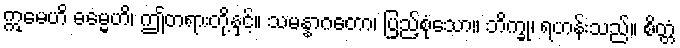
ဣမေဟိ ဓမ္မေဟိ၊ ဤတရားတို့နှင့်။ သမန္နာဂတော၊ ပြည့်စုံသော။ ဘိက္ခု၊ ရဟန်းသည်။ စိတ္တံ